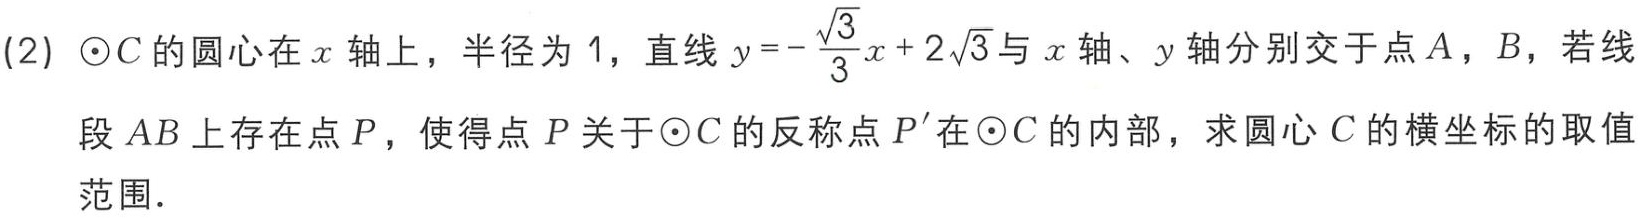
(2) $\odot C$的圆心在$x$轴上，半径为$1$，直线$y = -\frac{\sqrt{3}}{3}x + 2\sqrt{3}$与$x$轴、$y$轴分别交于点$A$，$B$，若线
段$AB$上存在点$P$，使得点$P$关于$\odot C$的反称点$P'$在$\odot C$的内部，求圆心$C$的横坐标的取值
范围．